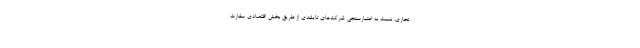
تجاری، نسبت به اعتبارسنجی شرکت‌های تایلندی از طریق بخش اقتصادی سفارت